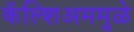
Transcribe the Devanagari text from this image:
कॅल्शिअममुळे